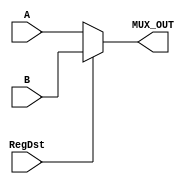
`timescale 1ns / 1ps
//////////////////////////////////////////////////////////////////////////////////
// Company: 
// Engineer: 
// 
// Design Name: 
// Module Name:    MUX21_5 
// Project Name: 
// Target Devices: 
// Tool versions: 
// Description: 
//
// Dependencies: 
//
// Revision: 
// Revision 0.01 - File Created
// Additional Comments: 
//
//////////////////////////////////////////////////////////////////////////////////
module MUX21_5(
	input [4 : 0] A, B,
	input RegDst,
	output [4 : 0] MUX_OUT
    );

	assign MUX_OUT = (RegDst==1) ? B : A; 

endmodule